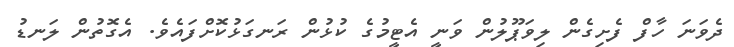
ދެވަނަ ހާފް ފެށިގެން ލިވަޕޫލުން ވަނީ އެޓީމުގެ ކުޅުން ރަނގަޅުކޮށްފައެވެ. އެގޮތުން ލަނޑު